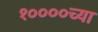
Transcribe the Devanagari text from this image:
१००००च्या